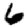
Digit: 6